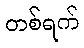
တစ်ရက်